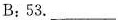
B： 53. ___